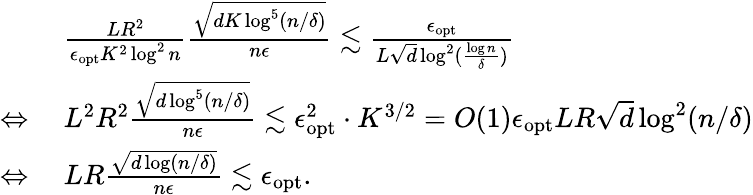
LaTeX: \begin{array}{rl}&{~\frac{LR^{2}}{\epsilon_{\textup{opt}}K^{2}\log^{2}n}\frac{\sqrt{dK\log^{5}(n/\delta)}}{n\epsilon}\lesssim\frac{\epsilon_{\textup{opt}}}{L\sqrt{d}\log^{2}(\frac{\log n}{\delta})}}\\ {\Leftrightarrow}&{~L^{2}R^{2}\frac{\sqrt{d\log^{5}(n/\delta)}}{n\epsilon}\lesssim\epsilon_{\textup{opt}}^{2}\cdot K^{3/2}=O(1)\epsilon_{\textup{opt}}LR\sqrt{d}\log^{2}(n/\delta)}\\ {\Leftrightarrow}&{~LR\frac{\sqrt{d\log(n/\delta)}}{n\epsilon}\lesssim\epsilon_{\textup{opt}}.}\end{array}